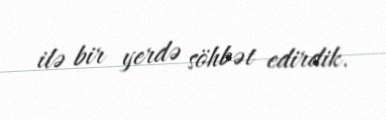
ilə bir yerdə söhbət edirdik.